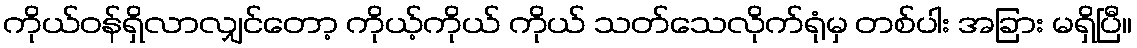
ကိုယ်ဝန်ရှိလာလျှင်တော့ ကိုယ့်ကိုယ် ကိုယ် သတ်သေလိုက်ရုံမှ တစ်ပါး အခြား မရှိပြီ။